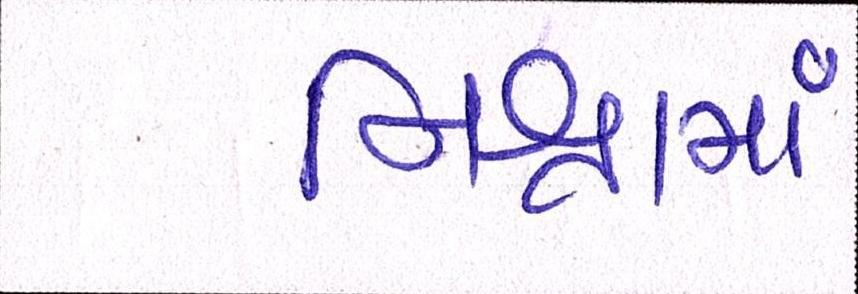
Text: નિશ્રામાં